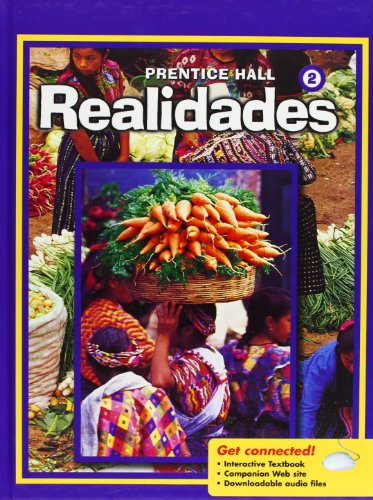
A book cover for PRENTICE HALL SPANISH REALIDADES LEVEL 2 STUDENT EDITION 2008C; PRENTICE HALL; Teen & Young Adult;